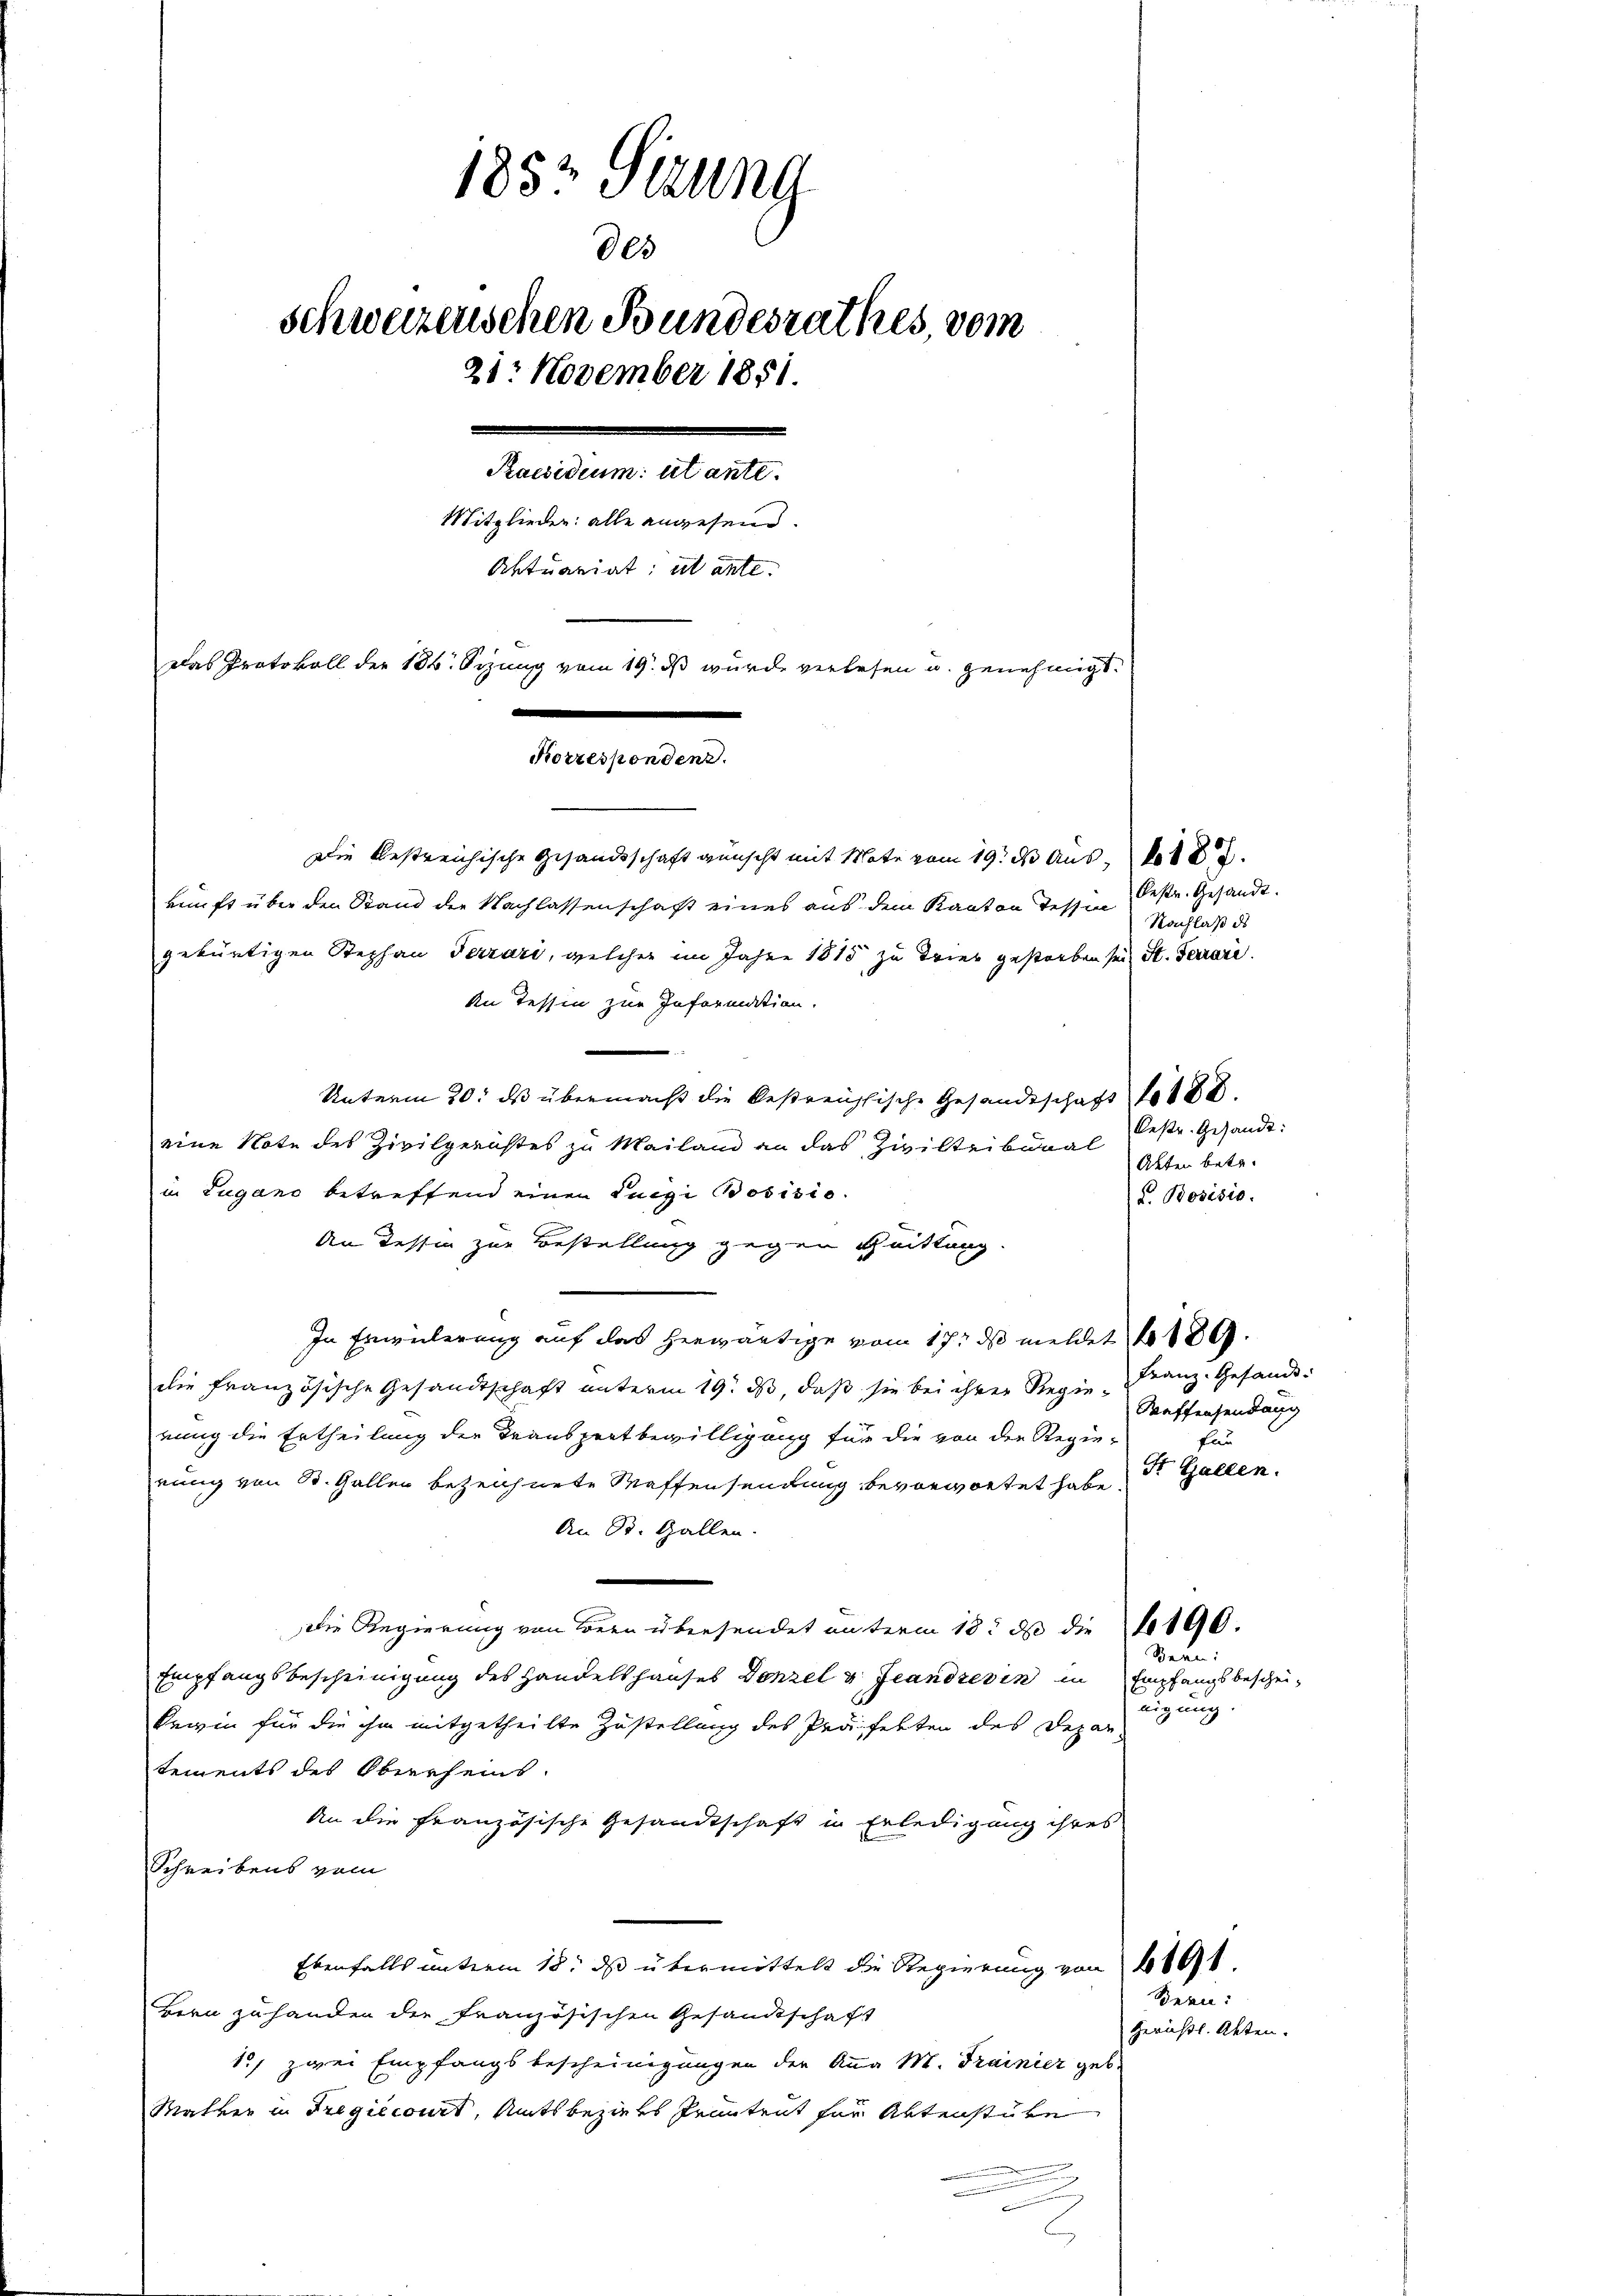
1852 Sizung
des
schweizerischen Bundesrathes, vom
21. November 1851.
Paesidium ut ante.
Mitglieder: alle angesend.
Aktuariat, ut ante.
Das Protokoll der 186. Sizung vom 19. ds wurde verlesen u. genehmigt.
e

Korrespondenz.

Die bestreichische Gesandtschaft wünscht mit Mate vom 19. ds Aus
kunft über den Stand der Nachlassenschaft eines aus dem Kanton Tessin
gebürtigen Stephan Terrari, welcher im Jahre 1815 zu Tries gestorben sei St. Ferraie
An Tessin zur Information.
.
Unterm 20. ds übermacht die bestreichische Gesandtschaft fo
eine Note des Zivilgerichtes zu Mailand an das Zivilteibunal
in Lugano betreffend einen Luigi Bosisio
An Tessin zur Bestellung gegen Quittung
In Erweilerung auf das herwärtige vom 17t ds meldet
die französische Gesandtschaft unterm 19. ds, daß sie bei ihrer Regie-Franz. Gesandt-
rung die Ertheilung der Trauszeitbewilligung für die von der Regie-
rung von St. Gallen bezeichnete Waffensendung bevorwortet habe.
An St. Gallen.
Die Regierung von Bern übersendet unterm 18t d die No 190.
Empfangsbescheinigung des Handelshauses Gonzel v. Jeandres in in Empfangsbescheikrigin für die ihm mitgetheilte Zustellung des Präfekten des Depar
tements des Oberrheins
An die französische Gesandtschaft in Erledigung ihres
Schreibens vom
Ebenfalls unterm 18. ds übermittelt die Regierung von 4191.
Bern zuhanden die französischen Gesandtschaft
15, zwei Empfangsbescheinigungen der Anna M. Trainier geb.
Matker in Tregiecourt, Amtsbeziehs Prantent für Aktenstüke

bestr. Gesandt.
Nachlaß ds

Oestr. Gesandt:
Akten betr.
F. Bosisis.

Waffensendang
fun
St. Gallen.

nigung.

Bern

Bern:

Gerichtl. Akten.